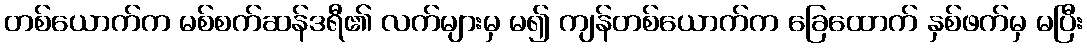
တစ်ယောက်က မစ်စက်ဆန်ဒရီ၏ လက်များမှ မ၍ ကျန်တစ်ယောက်က ခြေထောက် နှစ်ဖက်မှ မပြီး